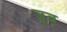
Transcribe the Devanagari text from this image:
जूब